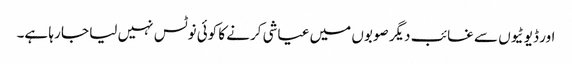
اور ڈیوٹیوں سے غائب دیگر صوبوں میں عیاشی کرنے کا کوئی نوٹس نہیں لیا جا رہا ہے۔